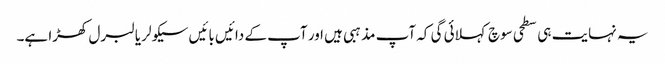
یہ نہایت ہی سطحی سوچ کہلائی گی کہ آپ مذہبی ہیں اور آپ کے دائیں بائیں سیکولر یا لبرل کھڑا ہے۔